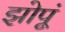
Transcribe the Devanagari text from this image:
झोपूं